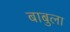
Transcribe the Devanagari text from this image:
बाबुला